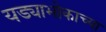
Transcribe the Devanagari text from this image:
यड्याभोकाच्या